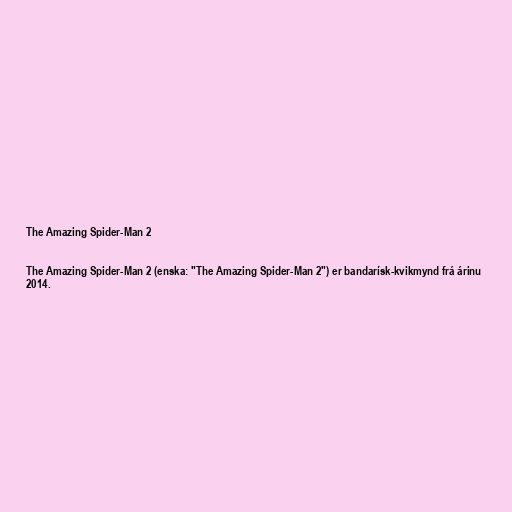
The Amazing Spider-Man 2

The Amazing Spider-Man 2 (enska: "The Amazing Spider-Man 2") er bandarísk-kvikmynd frá árinu
2014.